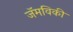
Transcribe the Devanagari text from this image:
जॅमविकी